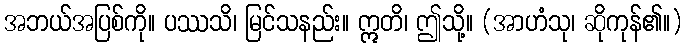
အဘယ်အပြစ်ကို။ ပဿသိ၊ မြင်သနည်း။ ဣတိ၊ ဤသို့။ (အာဟံသု၊ ဆိုကုန်၏။)